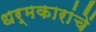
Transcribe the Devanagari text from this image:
धर्मकारांचें